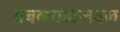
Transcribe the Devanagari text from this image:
प्रबळगडाजवळ